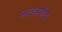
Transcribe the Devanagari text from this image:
मालवगौड